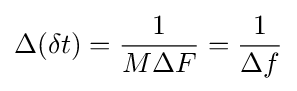
\Delta (\delta t)={\frac {1}{M\Delta F}}={\frac {1}{\Delta f}}